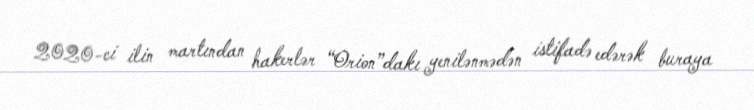
2020-ci ilin martından hakerlər “Orion”dakı yenilənmədən istifadə edərək buraya